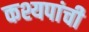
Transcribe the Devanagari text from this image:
कश्यपांची